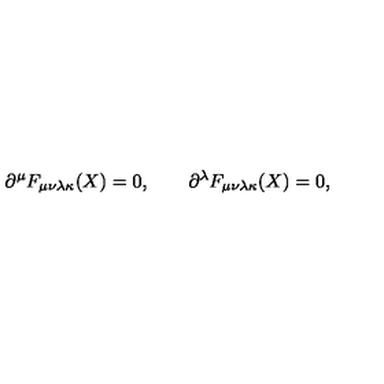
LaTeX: \partial ^ { \mu } F _ { \mu \nu \lambda \kappa } ( X ) = 0 , \qquad \partial ^ { \lambda } F _ { \mu \nu \lambda \kappa } ( X ) = 0 ,